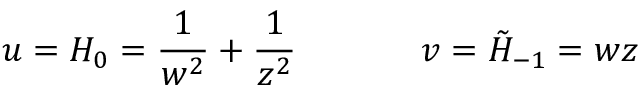
u = H _ { 0 } = \frac { 1 } { w ^ { 2 } } + \frac { 1 } { z ^ { 2 } } \, \, \, \, \, \, \, \, \, \, \, \, \, \, \, \, \, \, \, \, \, v = \tilde { H } _ { - 1 } = w z